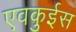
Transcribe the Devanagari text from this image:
एवकुईस